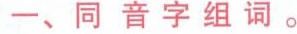
一、同音字组词。